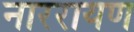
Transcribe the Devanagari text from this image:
नाररायण